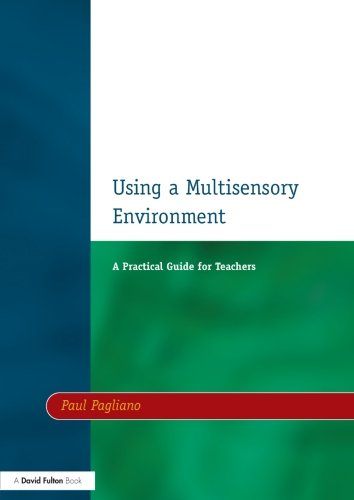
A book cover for Using a Multisensory Environment: A Practical Guide for Teachers (Resources for Teachers); Paul Pagliano; Health, Fitness & Dieting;